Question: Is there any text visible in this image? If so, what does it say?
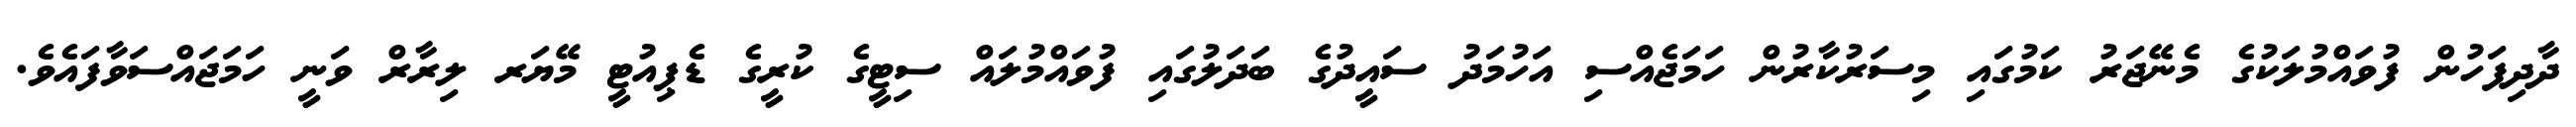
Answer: ދާދިފަހުން ފުވައްމުލަކުގެ މެނޭޖަރު ކަމުގައި މިސަރުކާރުން ހަމަޖެއްސި އަހުމަދު ސައީދުގެ ބަދަލުގައި ފުވައްމުލައް ސިޓީގެ ކުރީގެ ޑެޕިއުޓީ މޭޔަރ ލިރާރް ވަނީ ހަމަޖައްސަވާފައެވެ.